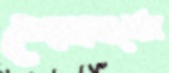
শেষবর্ষের